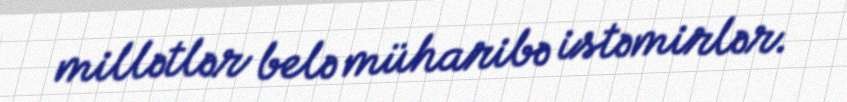
millətlər belə müharibə istəmirlər.